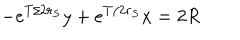
- e ^ { T / 2 r _ { S } } y + e ^ { T / 2 r _ { S } } x = 2 R